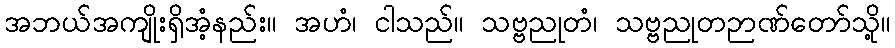
အဘယ်အကျိုးရှိအံ့နည်း။ အဟံ၊ ငါသည်။ သဗ္ဗညုတံ၊ သဗ္ဗညုတဉာဏ်တော်သို့။